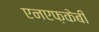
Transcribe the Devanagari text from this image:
एनएफ़केबी